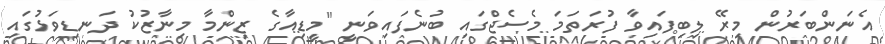
އެނަންބަރުން މިރޭ ލިބިފައިވާ ފުރަތަމަ މެސެޖްގައި ބުނެފައިވަނީ "މީޑިއާގެ ޒިންމާ މިނާޒުކު ދަނޑިވަޅުގައި